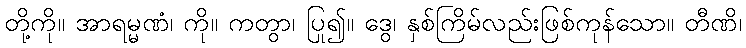
တို့ကို။ အာရမ္မဏံ၊ ကို။ ကတွာ၊ ပြု၍။ ဒွေ၊ နှစ်ကြိမ်လည်းဖြစ်ကုန်သော။ တီဏိ၊